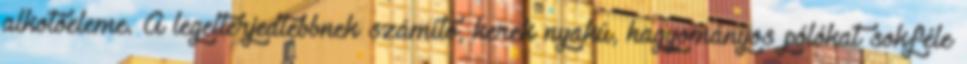
alkotóeleme. A legelterjedtebbnek számító, kerek nyakú, hagyományos pólókat sokféle